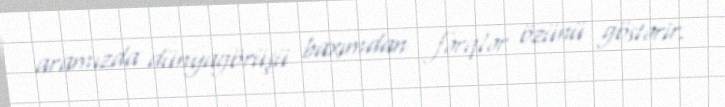
aramızda dünyagörüşü baxımdan fərqlər özünü göstərir.